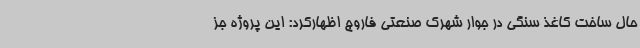
حال ساخت کاغذ سنگی در جوار شهرک صنعتی فاروج اظهارکرد: این پروژه جز